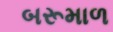
બરૂમાળ